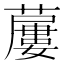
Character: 𧀓